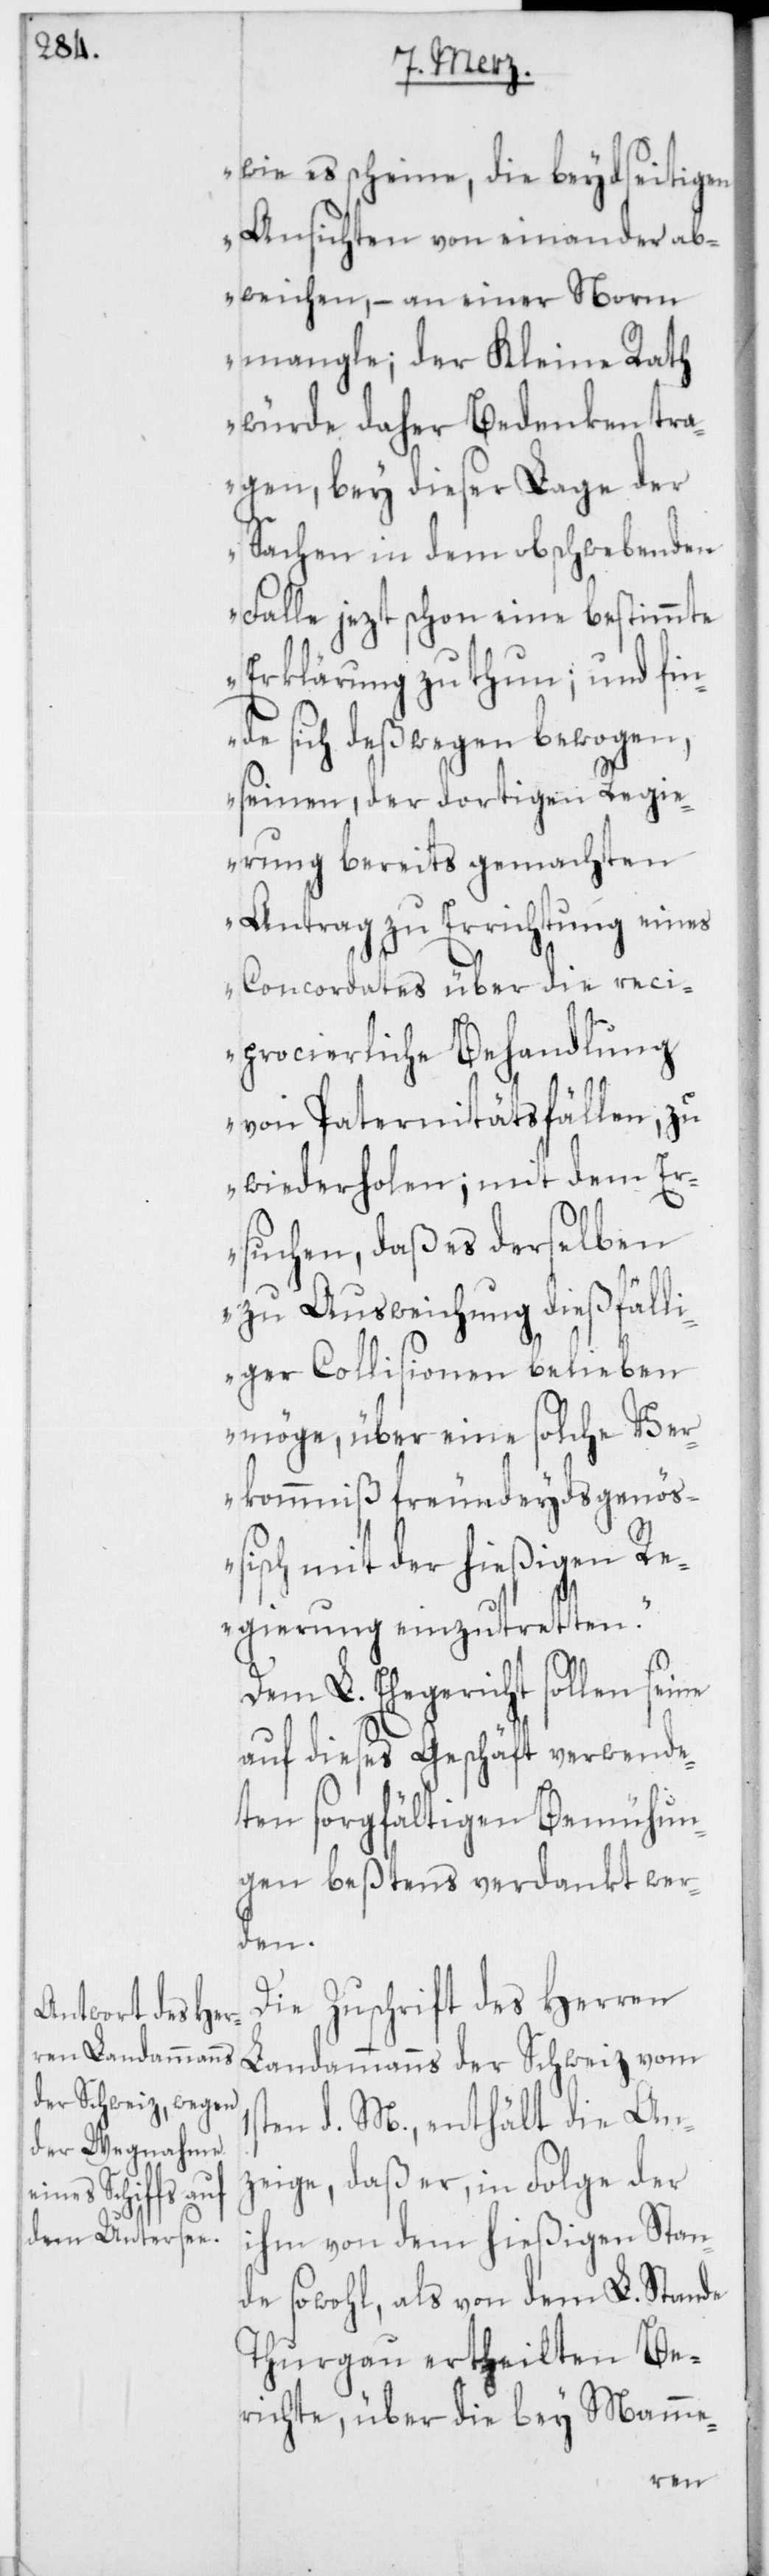
1s¬

wie es scheine, die beydseitigen
Ansichten voneinander ab¬
weichen, – an einer Norm
mangle; der Kleine Rath
würde daher Bedenken tra¬
gen, bey dieser Lage der
Sachen in dem obschwebenden
Falle jezt schon eine bestimmte
Erklärung zu thun; und fin¬
de sich deßwegen bewogen,
seinen, der dortigen Regie¬
rung bereits gemachten
Antrag zu Errichtung eines
Concordates über die reci¬
procierliche Behandlung
von Paternitätsfällen, zu
wiederholen; mit dem Er¬
suchen, daß es derselben
zu Ausweichung dießfälli¬
ger Collisionen belieben
möge, über eine solche Ver¬
kommniß freundeydsgenößi¬
sch mit der hießigen Re¬
gierung einzutretten.“
Dem L. Ehegericht sollen
auf dieses Geschäft verwende¬
ten sorgfältigen Bemühun¬
gen bestens verdankt wer¬
den.
Die Zuschrift des Herren
Landammanns der Schweiz vom
ten d. M., enthält die An¬
zeige, daß er in Folge der
ihm von dem hießigen Stan¬
de sowohl, als von dem L. Stande
Thurgau ertheilten Be¬
richte, über die bey Mamme-